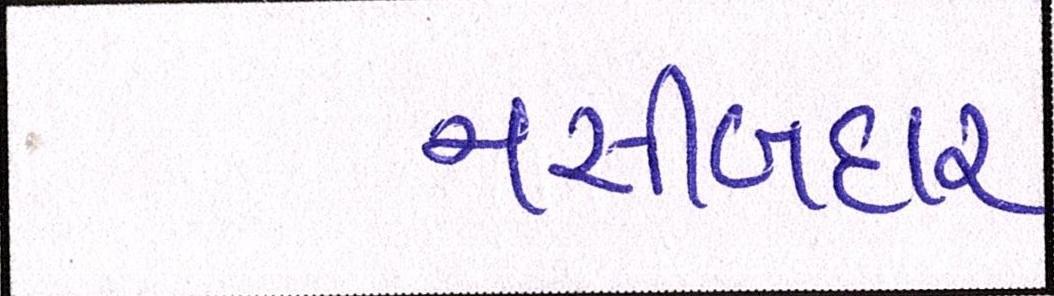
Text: નસીબદાર